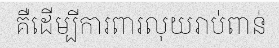
គឺដើម្បីការពារលុយរាប់ពាន់